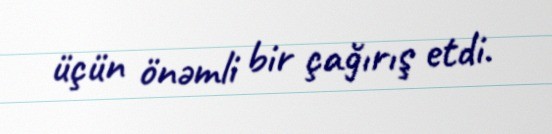
üçün önəmli bir çağırış etdi.